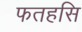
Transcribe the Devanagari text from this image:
फतहसि